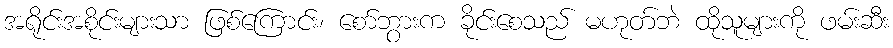
အရိုင်းအစိုင်းများသာ ဖြစ်ကြောင်း၊ စော်ဘွားက ခိုင်းစေသည် မဟုတ်ဘဲ ထိုသူများကို ဖမ်းဆီး